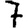
Digit: 7